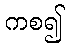
ကစ၍